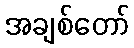
အချစ်တော်